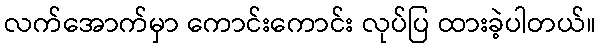
လက်အောက်မှာ ကောင်းကောင်း လုပ်ပြ ထားခဲ့ပါတယ်။